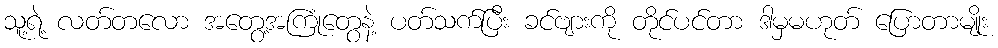
သူ့ရဲ့ လတ်တလော အတွေ့အကြုံတွေနဲ့ ပတ်သက်ပြီး ခင်ဗျားကို တိုင်ပင်တာ ဒါမှမဟုတ် ပြောတာမျိုး